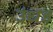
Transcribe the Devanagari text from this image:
उंधड